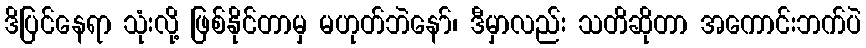
ဒိပြင်နေရာ သုံးလို့ ဖြစ်နိုင်တာမှ မဟုတ်ဘဲနော်၊ ဒီမှာလည်း သတိဆိုတာ အကောင်းဘက်ပဲ